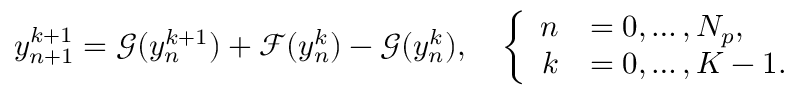
\begin{array} { r } { { y } _ { n + 1 } ^ { k + 1 } = { \mathcal { G } } ( { { y } _ { n } ^ { k + 1 } } ) + { \mathcal { F } } ( { { y } _ { n } ^ { k } } ) - { \mathcal { G } } ( { { y } _ { n } ^ { k } } ) , \quad \left\{ \begin{array} { r l } { n } & { = 0 , \ldots , { N _ { p } } , } \\ { k } & { = 0 , \ldots , K - 1 . } \end{array} \right. } \end{array}